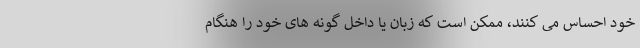
خود احساس می کنند، ممکن است که زبان یا داخل گونه های خود را هنگام